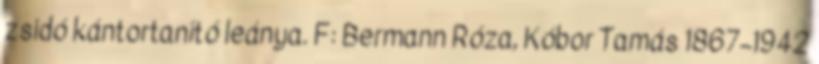
zsidó kántortanító leánya. F: Bermann Róza, Kóbor Tamás 1867–1942